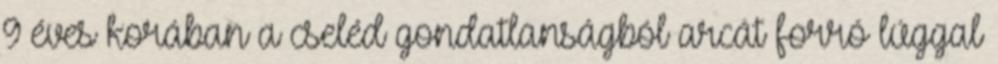
9 éves korában a cseléd gondatlanságból arcát forró lúggal